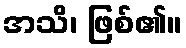
အသိ၊ ဖြစ်၏။